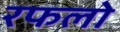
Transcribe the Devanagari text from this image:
रफलो